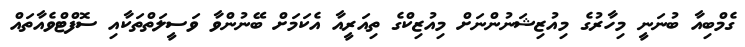
ގެމްބިއާ ބުނަނީ މިހާރުގެ މިއުޒިޝަނުންނަށް މިއުޒިކްގެ ތިއަރީއާ އެކަމަށް ބޭނުންވާ ވަސީލަތްތަކާއި ސޮފްޓްވެއާތައް